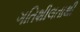
ગતિશીલતાથી